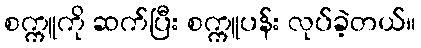
စက္ကူကို ဆက်ပြီး စက္ကူပန်း လုပ်ခဲ့တယ်။